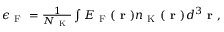
\begin{array} { r } { \epsilon _ { \mathrm { ~ F ~ } } = \frac { 1 } { N _ { \mathrm { ~ K ~ } } } \int E _ { \mathrm { ~ F ~ } } ( \textbf { r } ) n _ { \mathrm { ~ K ~ } } ( \textbf { r } ) d ^ { 3 } \textbf { r } , } \end{array}